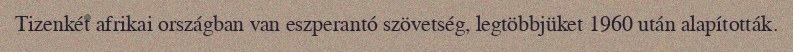
Tizenkét afrikai országban van eszperantó szövetség, legtöbbjüket 1960 után alapították.